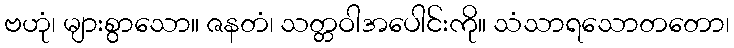
ဗဟုံ၊ များစွာသော။ ဇနတံ၊ သတ္တဝါအပေါင်းကို။ သံသာရသောတတော၊